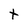
Character: t